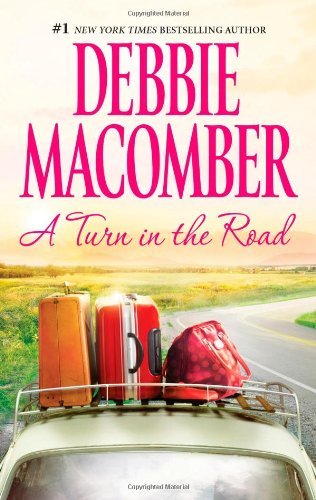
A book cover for A Turn in the Road (A Blossom Street Novel); Debbie Macomber; Literature & Fiction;